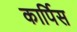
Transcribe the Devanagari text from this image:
कार्पिस